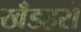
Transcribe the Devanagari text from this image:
खँडहरों